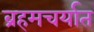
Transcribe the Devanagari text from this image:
ब्रहमचर्यात